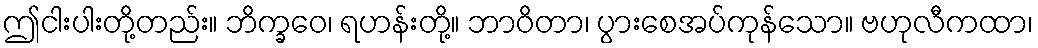
ဤငါးပါးတို့တည်း။ ဘိက္ခဝေ၊ ရဟန်းတို့။ ဘာဝိတာ၊ ပွားစေအပ်ကုန်သော။ ဗဟုလီကထာ၊